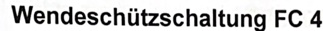
Text: Wendeschützschaltung FC 4